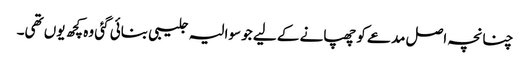
چنانچہ اصل مدعے کو چھپانے کے لیے جو سوالیہ جلیبی بنائی گئی وہ کچھ یوں تھی۔